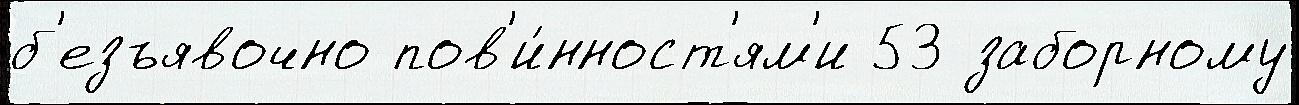
б'езъявочно пов'и́нност'ям'и 53 заборному